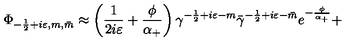
\Phi _ { - \frac 1 2 + i \varepsilon , m , \bar { m } } \approx \left( \frac 1 { 2 i \varepsilon } + \frac \phi { \alpha _ { + } } \right) \gamma ^ { - \frac 1 2 + i \varepsilon - m } \bar { \gamma } ^ { - \frac 1 2 + i \varepsilon - \bar { m } } e ^ { - \frac \phi { \alpha _ { + } } } +